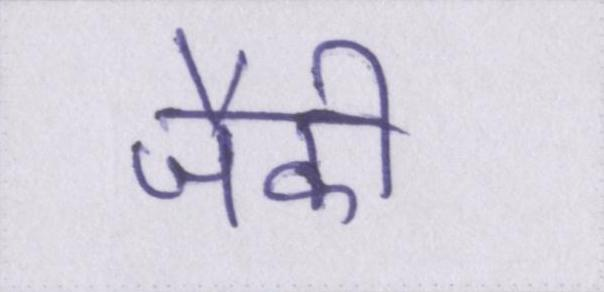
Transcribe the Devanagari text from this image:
जैकी